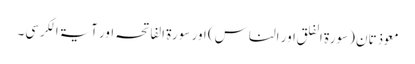
معوذتان (سورۃ الفلق اور الناس) اور سورۃ الفاتحہ اور آیۃ الکرسی۔